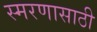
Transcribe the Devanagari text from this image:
स्मरणासाठी